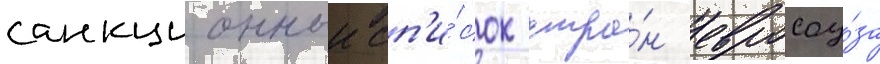
санкционныи сп'и́сок стра́н евросоу́за